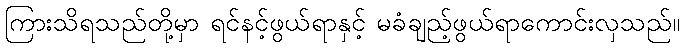
ကြားသိရသည်တို့မှာ ရင်နင့်ဖွယ်ရာနှင့် မခံချည့်ဖွယ်ရာကောင်းလှသည်။